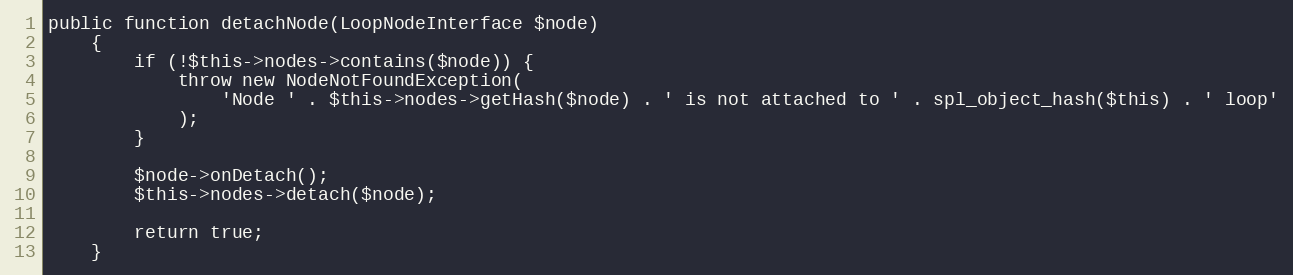
Language: PHP
public function detachNode(LoopNodeInterface $node)
    {
        if (!$this->nodes->contains($node)) {
            throw new NodeNotFoundException(
                'Node ' . $this->nodes->getHash($node) . ' is not attached to ' . spl_object_hash($this) . ' loop'
            );
        }

        $node->onDetach();
        $this->nodes->detach($node);

        return true;
    }